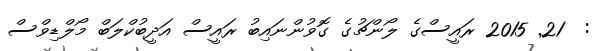
:  21